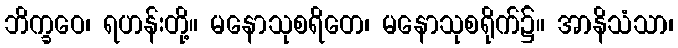
ဘိက္ခဝေ၊ ရဟန်းတို့။ မနောသုစရိတေ၊ မနောသုစရိုက်၌။ အာနိသံသာ၊